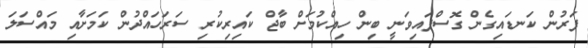
ފަރުން ކަނޑައިގެން ގޮސްފައިވަނީ ބިން ހިއްކުމަށް ބާޖް ކައިރިކުރި ސަރަހައްދުން ކަމަށާއި މައްސަލަ